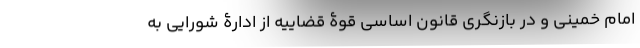
امام خمینی و در بازنگری قانون اساسی قوۀ قضاییه از ادارۀ شورایی به